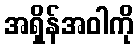
အရှိန်အဝါကို